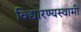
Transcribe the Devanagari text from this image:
विद्यारण्यस्वामी